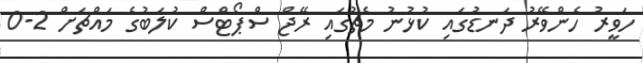
ހަވީރު ހެންވޭރު ދަނޑުގައި ކުޅުނު މެޗުގައި ރޭޖް ސްޕޯޓްސް ކުލަބުގެ މައްޗަށް 2-0